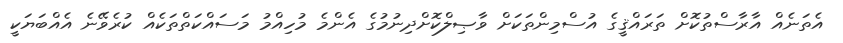
އެތަނެއް އާރާސްތުކޮށް ތަރައްޤީގެ އުސްމިންތަކަށް ވާޞިލްކޮށްދިނުމުގެ އެންމެ މުހިއްމު މަސައްކަތްތަކެއް ކުރެވޭނެ އެއްބަޔަކީ